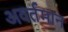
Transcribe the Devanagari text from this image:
अवर्तमान